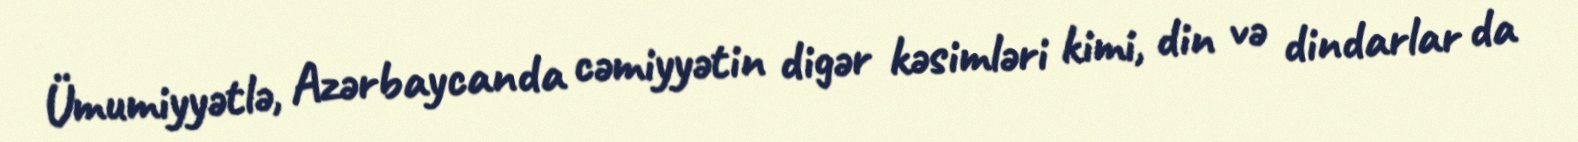
Ümumiyyətlə, Azərbaycanda cəmiyyətin digər kəsimləri kimi, din və dindarlar da